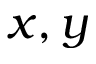
x , y